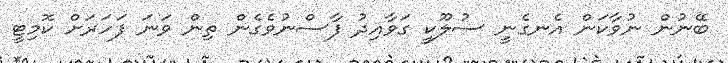
ބޭނުން ނުވާކަން އެނގެނީ ސުލޫކީ ގަވާއިދު ފާސްނުވެގެން ތިން ވަނަ ފަހަރަށް ކޮމިޓީ